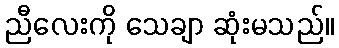
ညီလေးကို သေချာ ဆုံးမသည်။